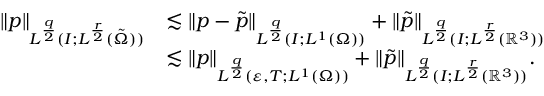
\begin{array} { r l } { \| p \| _ { L ^ { \frac { q } { 2 } } ( I ; L ^ { \frac { r } { 2 } } ( \tilde { \Omega } ) ) } } & { \lesssim \| p - \tilde { p } \| _ { L ^ { \frac { q } { 2 } } ( I ; L ^ { 1 } ( \Omega ) ) } + \| \tilde { p } \| _ { L ^ { \frac { q } { 2 } } ( I ; L ^ { \frac { r } { 2 } } ( \ensuremath { \mathbb { R } } ^ { 3 } ) ) } } \\ & { \lesssim \| p \| _ { L ^ { \frac { q } { 2 } } ( \varepsilon , T ; L ^ { 1 } ( \Omega ) ) } + \| \tilde { p } \| _ { L ^ { \frac { q } { 2 } } ( I ; L ^ { \frac { r } { 2 } } ( \ensuremath { \mathbb { R } } ^ { 3 } ) ) } . } \end{array}